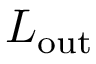
L _ { \mathrm { o u t } }